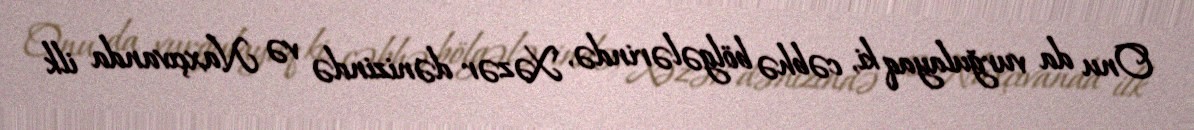
Onu da vurğulayaq ki, cəbhə bölgələrində, Xəzər dənizində və Naxçıvanda ilk